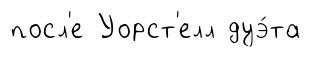
посл'е Уорст'елл дуэ́та